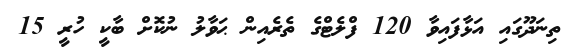
ތިނަދޫގައި އަޅާފައިވާ 120 ފްލެޓްގެ ތެރެއިން ޙަވާލު ނުކޮށް ބާކީ ހުރީ 15